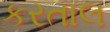
કરતાલ